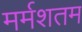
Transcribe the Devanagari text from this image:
मर्मशतम